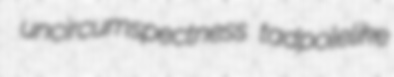
uncircumspectness tadpolelike